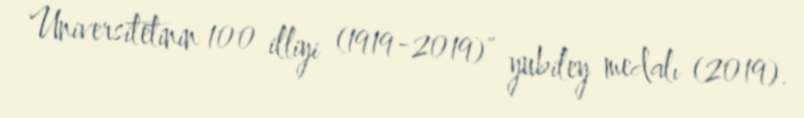
Universitetinin 100 illiyi (1919-2019)" yubiley medalı (2019).